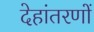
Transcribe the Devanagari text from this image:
देहांतरणों